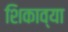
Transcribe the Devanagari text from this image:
शिकाव्या